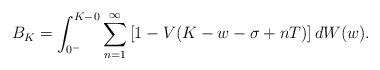
LaTeX: \begin{align*}B_K = \int_{0^-}^{K-0} \sum_{n=1}^{\infty} \left[ 1 - V(K - w - \sigma + nT) \right]dW(w).\end{align*}